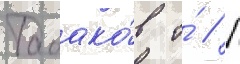
Табако́в о́ // П